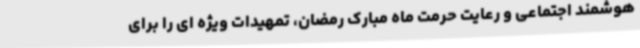
هوشمند اجتماعی و رعایت حرمت ماه مبارک رمضان، تمهیدات ویژه ای را برای